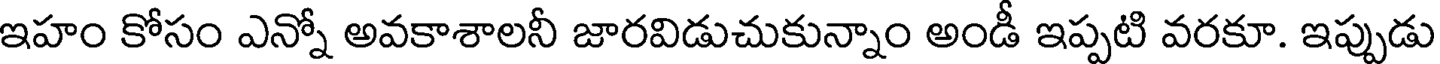
ఇహం కోసం ఎన్నో అవకాశాలనీ జారవిడుచుకున్నాం అండీ ఇప్పటి వరకూ. ఇప్పుడు